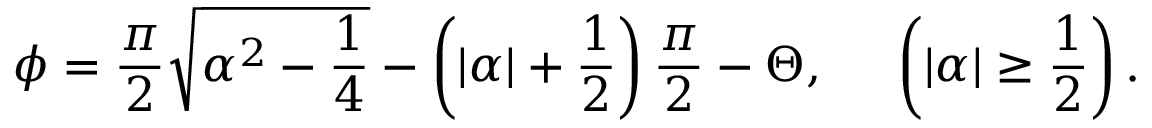
\phi = \frac { \pi } { 2 } \sqrt { \alpha ^ { 2 } - \frac { 1 } { 4 } } - \left( | \alpha | + \frac { 1 } { 2 } \right) \frac { \pi } { 2 } - \Theta , \; \; \; \; \; \left( | \alpha | \geq \frac { 1 } { 2 } \right) .